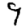
Digit: 9